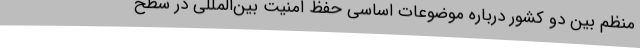
منظم بین دو کشور درباره موضوعات اساسی حفظ امنیت بین‌المللی در سطح